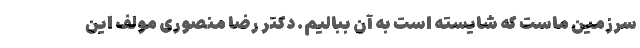
سرزمینِ ماست که شایسته است به آن ببالیم. دکتر رضا منصوری مولفِ این